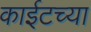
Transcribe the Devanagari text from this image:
काईटच्या